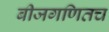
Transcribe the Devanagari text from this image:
बीजगणितच